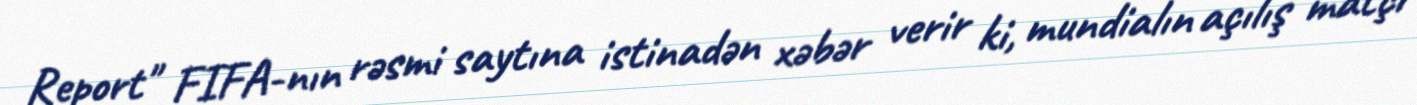
Report" FIFA-nın rəsmi saytına istinadən xəbər verir ki, mundialın açılış matçı